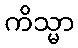
ကိသ္မာ